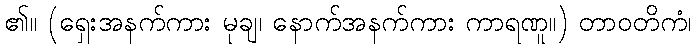
၏။ (ရှေးအနက်ကား မုချ၊ နောက်အနက်ကား ကာရဏူ။) တာဝတိကံ၊